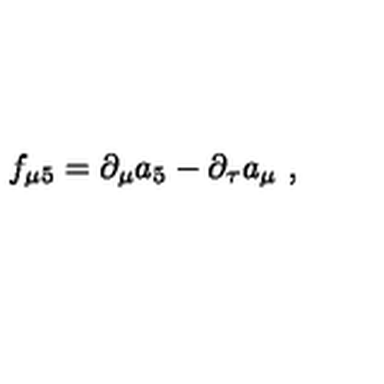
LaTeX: f _ { \mu 5 } = \partial _ { \mu } a _ { 5 } - \partial _ { \tau } a _ { \mu } \ ,